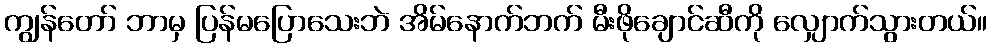
ကျွန်တော် ဘာမှ ပြန်မပြောသေးဘဲ အိမ်နောက်ဘက် မီးဖိုချောင်ဆီကို လျှောက်သွားတယ်။